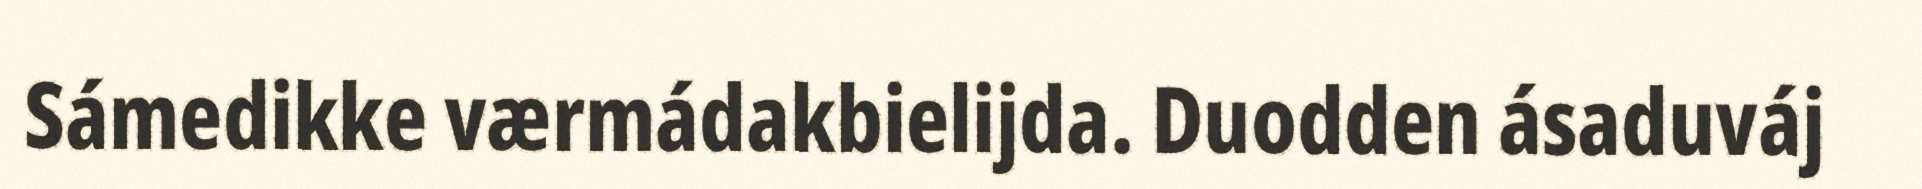
Sámedikke værmádakbielijda. Duodden ásaduváj